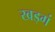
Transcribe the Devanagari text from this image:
खड्गं